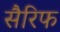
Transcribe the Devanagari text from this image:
सैरिफ